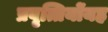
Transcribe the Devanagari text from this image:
प्रवृत्तियोंयह